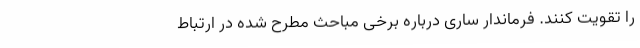
را تقویت کنند. فرماندار ساری درباره برخی مباحث مطرح شده در ارتباط